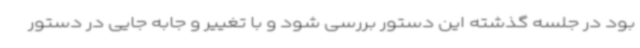
بود در جلسه گذشته این دستور بررسی شود و با تغییر و جابه جایی در دستور